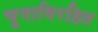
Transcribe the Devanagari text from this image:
चुनाविरहित